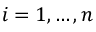
i = 1 , \ldots , n